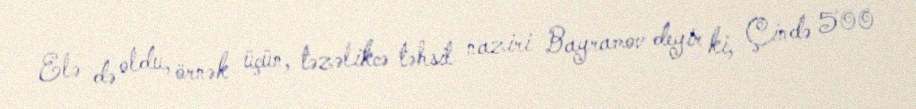
Elə də oldu, örnək üçün, təzəlikcə təhsil naziri Bayramov deyir ki, Çində 500